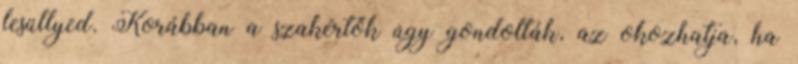
lesüllyed. Korábban a szakértők úgy gondolták, az okozhatja, ha